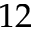
1 2